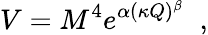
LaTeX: V=M^{4}e^{\alpha(\kappa Q)^{\beta}}\; \; ,